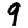
Digit: 9